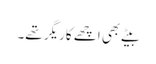
بیٹے بھی اچھے کاریگر تھے۔